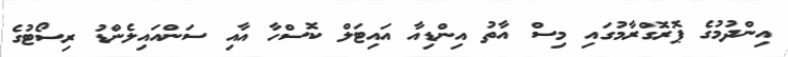
އިންދުމުގެ ޕޮރޮގްރާމުގައި މިސް އާތު އިންޑިއާ އައިޓަލް ކޮސްހާ އާއި ސަންއައިލެންޑު ރިސޯޓުގެ